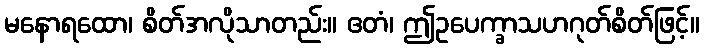
မနောရထော၊ စိတ်အလိုသာတည်း။ ဧတံ၊ ဤဥပေက္ခာသဟဂုတ်စိတ်ဖြင့်။